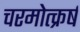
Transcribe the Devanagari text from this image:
चरमोत्क्रर्ष